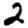
Digit: 2